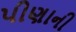
પીણાની